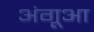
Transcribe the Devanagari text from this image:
अंगूआ